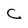
Character: c